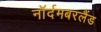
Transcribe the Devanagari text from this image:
नॉर्दमबरलैंड